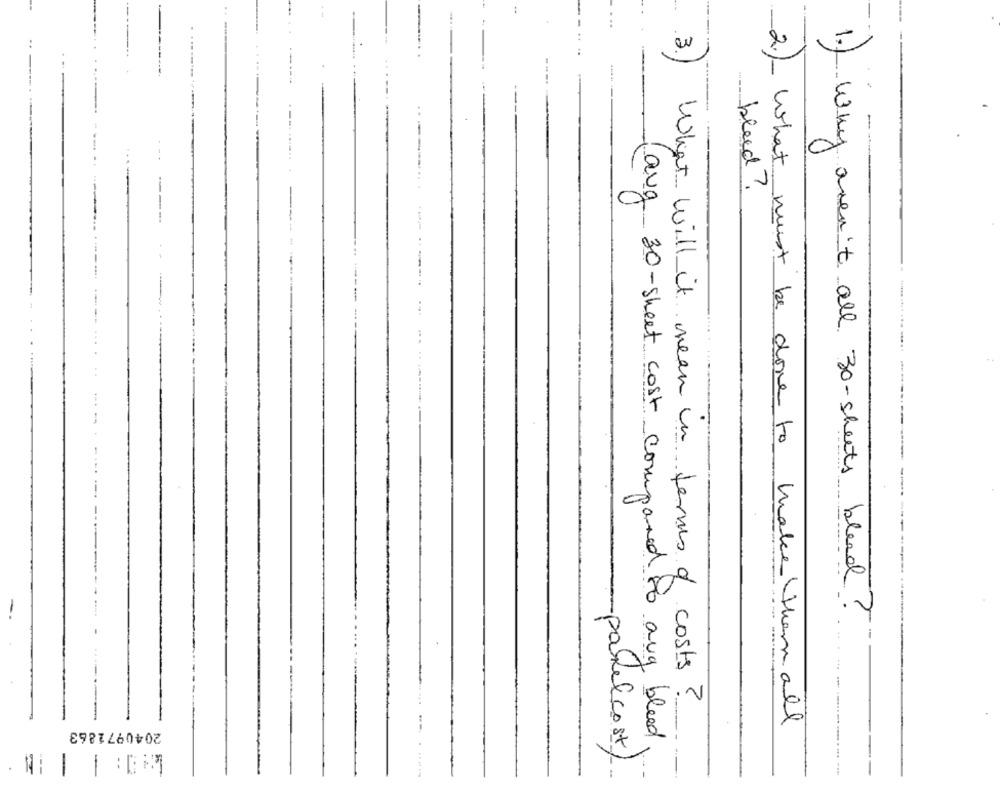
bleed?
---
...
--
1.) Why aren't all 30-sheets bleed ?
3.) What will it mean in terms of costs?
2.)_ What must be done to make them all
2040971863
aug 30-sheet cost compared to ang bleed
-panel cost)
55
-